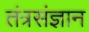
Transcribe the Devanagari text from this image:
तंत्रसंज्ञान